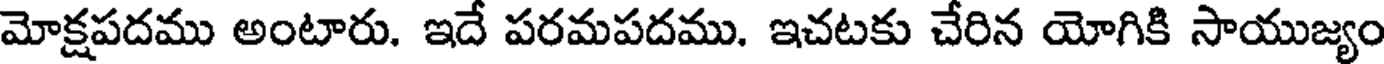
మోక్షపదము అంటారు. ఇదే పరమపదము. ఇచటకు చేరిన యోగికి సాయుజ్యం